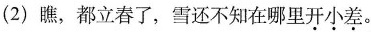
(2)瞧，都立春了，雪还不知在哪里开小差。